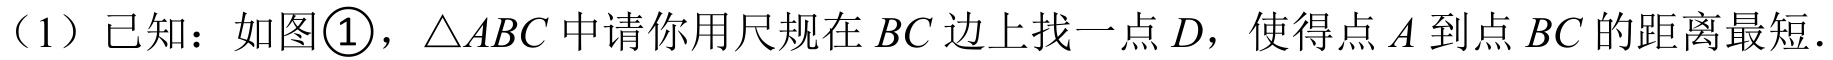
（1）已知：如图\textcircled{1}，\(\triangle ABC\)中请你用尺规在 \(BC\)边上找一点 \(D\)，使得点 \(A\)到点 \(BC\) 的距离最短．